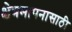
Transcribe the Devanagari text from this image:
क्षेत्रमापनासाठी